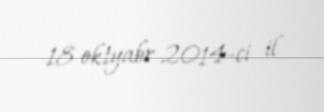
18 oktyabr 2014-ci il